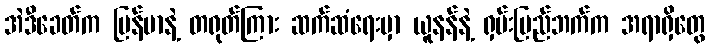
အဲဒီခေတ်က မြန်မာနဲ့ တရုတ်ကြား ဆက်ဆံရေးမှာ ယူနန်နဲ့ ရှမ်းပြည်ဘက်က အရာရှိတွေ